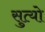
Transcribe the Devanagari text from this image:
सुत्यो